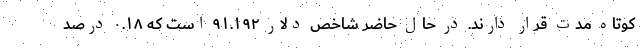
کوتاه مدت قرار دارند. در حال حاضر شاخص دلار ۹۱.۱۹۲ است که ۰.۱۸ درصد